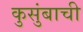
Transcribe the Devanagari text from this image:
कुसुंबाची